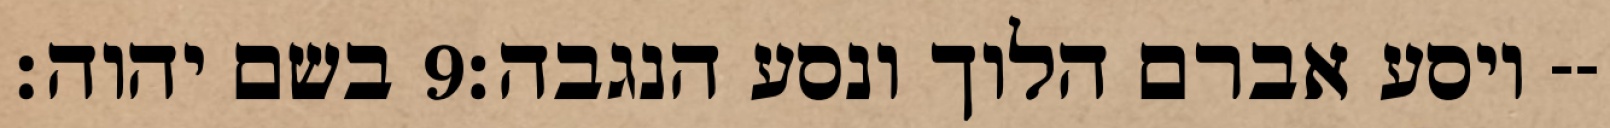
בשם יהוה׃ ‎9‏ ויסע אברם הלוך ונסע הנגבה׃--